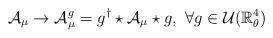
LaTeX: \begin{align*}{\cal{A}}_\mu\rightarrow{\cal{A}}_\mu^g=g^\dag\star{\cal{A}}_\mu\star g,\ \forall g\in{\cal{U}}(\mathbb{R}^4_\theta)\end{align*}